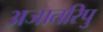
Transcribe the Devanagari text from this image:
अजातरिपु